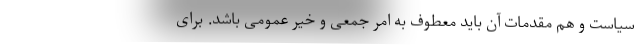
سیاست و هم مقدمات آن باید معطوف به امر جمعی و خیر عمومی باشد. برای